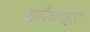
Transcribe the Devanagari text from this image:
शरीरव्यवहार